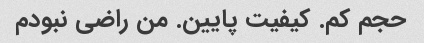
حجم کم. کیفیت پایین. من راضی نبودم